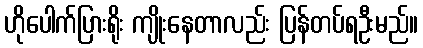
ဟိုပေါက်ပြားရိုး ကျိုးနေတာလည်း ပြန်တပ်ရဦးမည်။